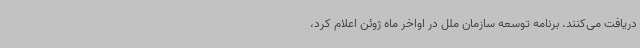
دریافت می‌کنند. برنامه توسعه سازمان ملل در اواخر ماه ژوئن اعلام کرد،